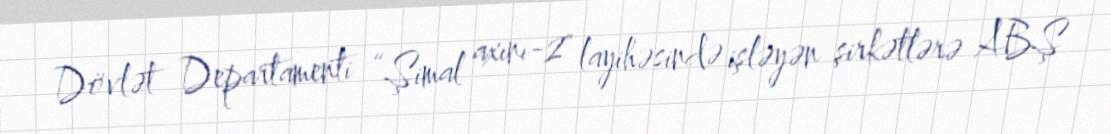
Dövlət Departamenti “Şimal axını-2" layihəsində işləyən şirkətlərə ABŞ